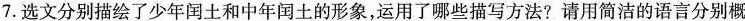
7.选文分别描绘了少年闰土和中年闰土的形象，运用了哪些描写方法?请用简洁的语言分别概